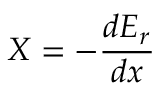
X = - { \frac { d E _ { r } } { d x } }